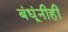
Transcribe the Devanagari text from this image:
बंधूंनीही